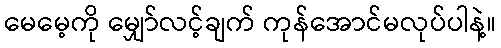
မေမေ့ကို မျှော်လင့်ချက် ကုန်အောင်မလုပ်ပါနဲ့။